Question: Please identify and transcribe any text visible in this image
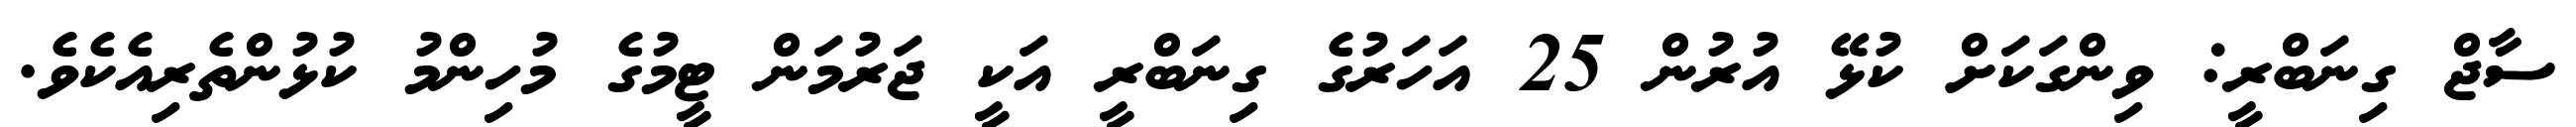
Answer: ސާޖް ގިނަބްރީ: ވިންގަކަށް ކުޅޭ އުރުން 25 އަހަރުގެ ގިނަބްރީ އަކީ ޖަރުމަން ޓީމުގެ މުހިންމު ކުޅުންތެރިއެކެވެ.